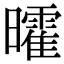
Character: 曤